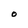
Character: O